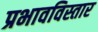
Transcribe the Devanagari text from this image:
प्रभावविस्तार